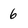
Character: 6